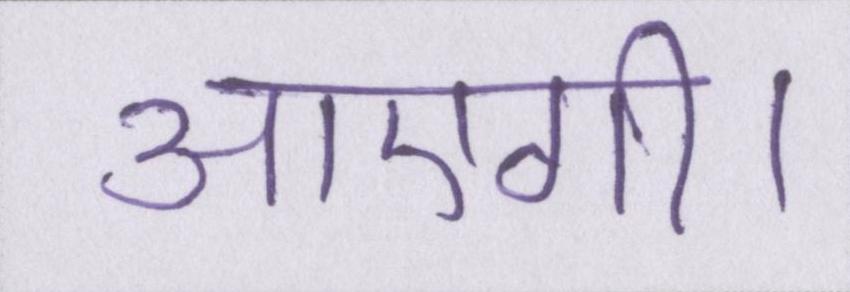
आएगी।